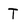
Character: T